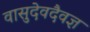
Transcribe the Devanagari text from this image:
वासुदेवदैवज्ञ